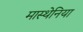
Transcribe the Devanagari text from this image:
मास्थेनिया